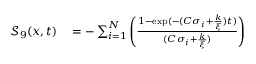
\begin{array} { r l } { \mathcal { S } _ { 9 } ( x , t ) } & { { } = - \sum _ { i = 1 } ^ { N } \left( \frac { 1 - \exp ( - ( C \sigma _ { i } + \frac { k } { \xi } ) t ) } { ( C \sigma _ { i } + \frac { k } { \xi } ) } \right) } \end{array}